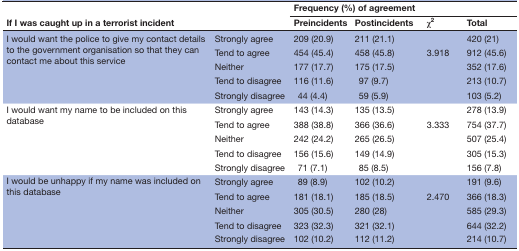
| <ROWSPAN=2-COLSPAN=2> If I was caught up in a terrorist incident | <COLSPAN=4> Frequency (%) of agreement |
 | Preincidents | Postincidents | χ2 | Total |
 | --- | --- | --- | --- | --- | --- |
 | <ROWSPAN=5> I would want the police to give my contact details to the government organisation so that they can contact me about this service | Strongly agree | 209 (20.9) | 211 (21.1) |  | 420 (21) |
 | Tend to agree | 454 (45.4) | 458 (45.8) | <ROWSPAN=3> 3.918 | 912 (45.6) |
 | Neither | 177 (17.7) | 175 (17.5) | 352 (17.6) |
 | Tend to disagree | 116 (11.6) | 97 (9.7) | 213 (10.7) |
 | Strongly disagree | 44 (4.4) | 59 (5.9) |  | 103 (5.2) |
 | <ROWSPAN=5> I would want my name to be included on this database | Strongly agree | 143 (14.3) | 135 (13.5) |  | 278 (13.9) |
 | Tend to agree | 388 (38.8) | 366 (36.6) | <ROWSPAN=3> 3.333 | 754 (37.7) |
 | Neither | 242 (24.2) | 265 (26.5) | 507 (25.4) |
 | Tend to disagree | 156 (15.6) | 149 (14.9) | 305 (15.3) |
 | Strongly disagree | 71 (7.1) | 85 (8.5) |  | 156 (7.8) |
 | <ROWSPAN=5> I would be unhappy if my name was included on this database | Strongly agree | 89 (8.9) | 102 (10.2) |  | 191 (9.6) |
 | Tend to agree | 181 (18.1) | 185 (18.5) | <ROWSPAN=3> 2.470 | 366 (18.3) |
 | Neither | 305 (30.5) | 280 (28) | 585 (29.3) |
 | Tend to disagree | 323 (32.3) | 321 (32.1) | 644 (32.2) |
 | Strongly disagree | 102 (10.2) | 112 (11.2) |  | 214 (10.7) |